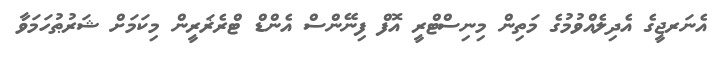
އެނަރޖީގެ އެދިލެއްވުމުގެ މަތިން މިނިސްޓްރީ އޮފް ފިނޭންސް އެންޑް ޓްރެޜަރީން މިކަމަށް ޝަރުޠުހަމަވާ